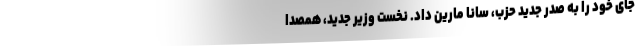
جای خود را به صدر جدید حزب، سانا مارین داد. نخست وزیر جدید، همصدا